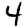
Digit: 4